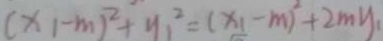
( x _ { 1 } - m ) ^ { 2 } + y _ { 1 } ^ { 2 } = ( x _ { 1 } - m ) ^ { 2 } + 2 m y _ { 1 }